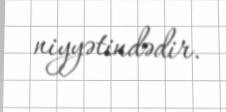
niyyətindədir.